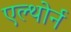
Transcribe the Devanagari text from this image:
एल्थोर्न